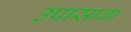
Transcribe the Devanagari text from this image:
उपासावा